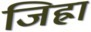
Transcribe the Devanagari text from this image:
जिह्रा